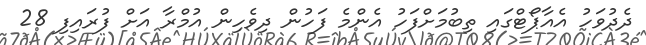
ދެދުވަހު އެއާޕޯޓްގައި ތިބުމަށްފަހު އެންމެ ފަހުން ދިވެހިން އުމްރާ އަށް ފުރައިފި 28